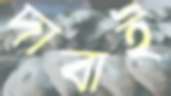
দাবাই